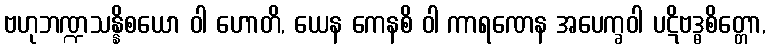
ဗဟုဘဏ္ဍသန္နိစယော ဝါ ဟောတိ, ယေန ကေနစိ ဝါ ကာရဏေန အပေက္ခဝါ ပဋိဗဒ္ဓစိတ္တော,